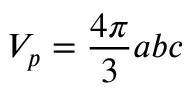
V _ { p } = \frac { 4 \pi } { 3 } a b c